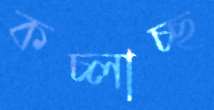
কচ্‌লাচ্ছ